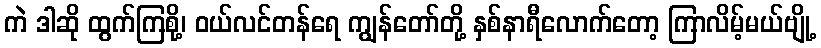
ကဲ ဒါဆို ထွက်ကြစို့၊ ဝယ်လင်တန်ရေ ကျွန်တော်တို့ နှစ်နာရီလောက်တော့ ကြာလိမ့်မယ်ဗျို့